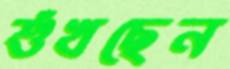
শুঁখছেন